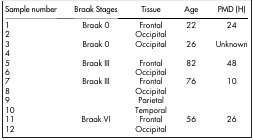
| Sample number | Braak Stages | Tissue | Age | PMD (H) |
 | --- | --- | --- | --- | --- |
 | 1 | Braak 0 | Frontal | 22 | 24 |
 | 2 |  | Occipital |  |  |
 | 3 | Braak 0 | Occipital | 26 | Unknown |
 | 4 |  |  |  |  |
 | 5 | Braak III | Frontal | 82 | 48 |
 | 6 |  | Occipital |  |  |
 | 7 | Braak III | Frontal | 76 | 10 |
 | 8 |  | Occipital |  |  |
 | 9 |  | Parietal |  |  |
 | 10 |  | Temporal |  |  |
 | 11 | Braak VI | Frontal | 56 | 26 |
 | 12 |  | Occipital |  |  |